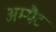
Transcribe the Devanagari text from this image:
अम्पैट